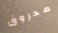
محروق